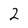
Character: 2